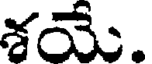
శయే.